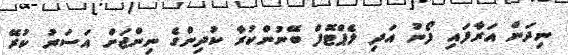
ނިދަން އަރާފައި ފޯނު އަދި ލެޕްޓޮފް ބޭނުންކުރާ ކުދިންގެ ނިންޖަށް އަސަރު ކުރޭ